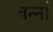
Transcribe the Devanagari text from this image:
बन्नों